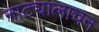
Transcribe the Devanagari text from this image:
नाट्यालाचन